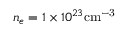
n _ { e } = 1 \times 1 0 ^ { 2 3 } \mathrm { { c m ^ { - 3 } } }